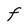
Character: F